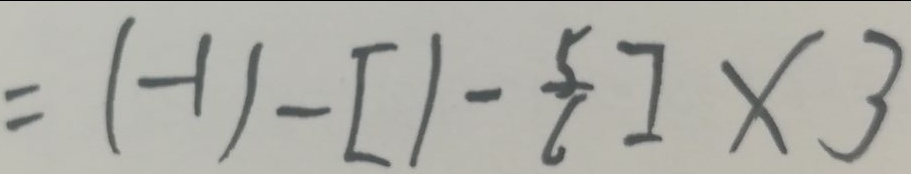
= ( - 1 ) - [ 1 - \frac { 5 } { 6 } ] \times 3